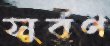
সুর্বণ